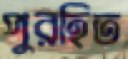
পুরহিত